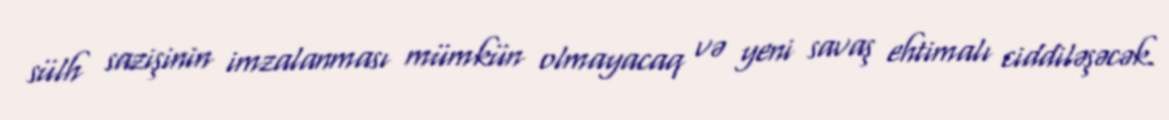
sülh sazişinin imzalanması mümkün olmayacaq və yeni savaş ehtimalı ciddiləşəcək.